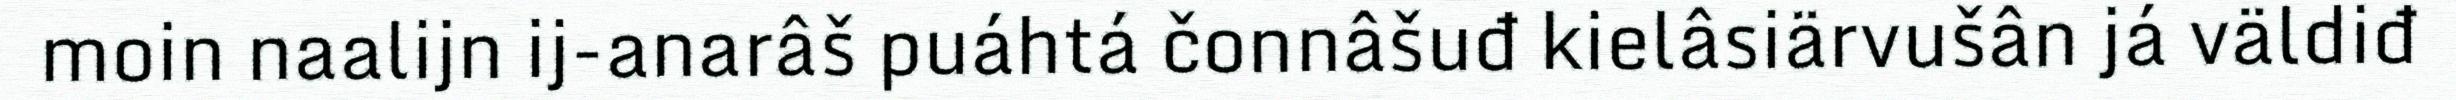
moin naalijn ij-anarâš puáhtá čonnâšuđ kielâsiärvušân já väldiđ